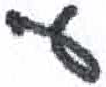
אות: ע